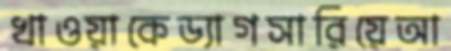
খাওয়াকেড্যাগসারিয়েআ